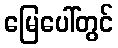
မြေပေါ်တွင်